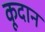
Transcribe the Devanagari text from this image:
कूदान